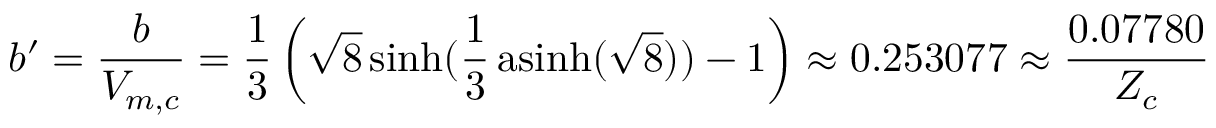
b ^ { \prime } = { \frac { b } { V _ { m , c } } } = { \frac { 1 } { 3 } } \left( { \sqrt { 8 } } \sinh ( { \frac { 1 } { 3 } } \operatorname { a s i n h } ( { \sqrt { 8 } } ) ) - 1 \right) \approx 0 . 2 5 3 0 7 7 \approx { \frac { 0 . 0 7 7 8 0 } { Z _ { c } } }